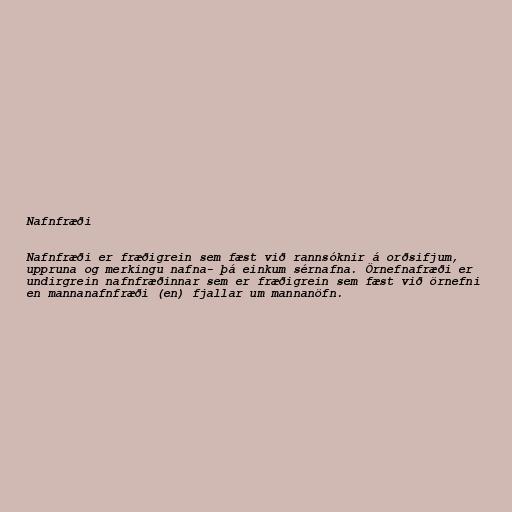
Nafnfræði

Nafnfræði er fræðigrein sem fæst við rannsóknir á orðsifjum,
uppruna og merkingu nafna- þá einkum sérnafna. Örnefnafræði er
undirgrein nafnfræðinnar sem er fræðigrein sem fæst við örnefni
en mannanafnfræði (en) fjallar um mannanöfn.